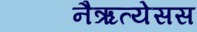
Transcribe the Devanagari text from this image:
नैऋत्येसस